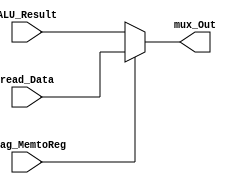
module Mux_DataMemory (ALU_Result, read_Data, flag_MemtoReg, mux_Out);

	input [31:0] ALU_Result, read_Data;
	input flag_MemtoReg;
	output reg [31:0] mux_Out;
	
	always@(*)
	begin
		if (flag_MemtoReg)
			mux_Out = read_Data;
		else
			mux_Out = ALU_Result;
	end

endmodule